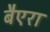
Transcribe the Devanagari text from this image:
बैएरा